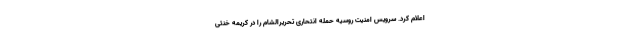
اعلام کرد. سرویس امنیت روسیه حمله انتحاری تحریرالشام را در کریمه خنثی